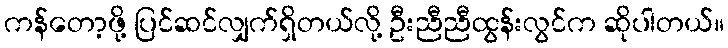
ကန်တော့ဖို့ ပြင်ဆင်လျှက်ရှိတယ်လို့ ဦးညီညီထွန်းလွင်က ဆိုပါတယ်။